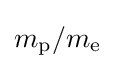
m_{\text{p}}/m_{\text{e}}